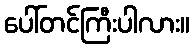
ပေါ်တင်ကြီးပါလား။